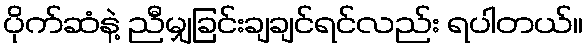
ပိုက်ဆံနဲ့ ညီမျှခြင်းချချင်ရင်လည်း ရပါတယ်။